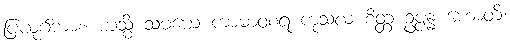
ပြယုဂ်ကား။ ယသ္မိံ သမယေ ကာမာဝစရံ ကုသလံ စိတ္တံ ဥပ္ပန္နံ ဟောတိ၊